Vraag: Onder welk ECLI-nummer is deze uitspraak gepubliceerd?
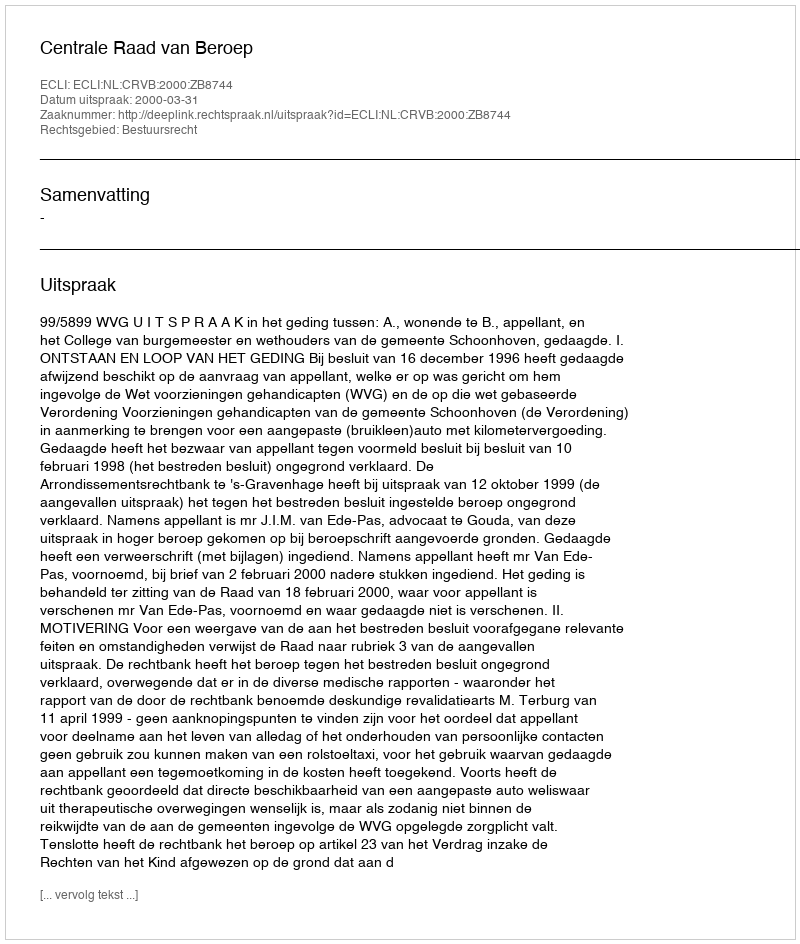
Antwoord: ECLI:NL:CRVB:2000:ZB8744